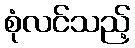
စုံလင်သည့်